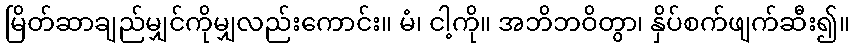
မြိတ်ဆာချည်မျှင်ကိုမျှလည်းကောင်း။ မံ၊ ငါ့ကို။ အဘိဘဝိတွာ၊ နှိပ်စက်ဖျက်ဆီး၍။